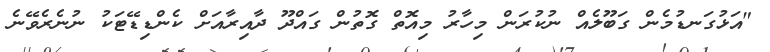
"އަޅުގަނޑުމެން ގަބޫލެއް ނުކުރަން މިހާރު މިއޮތް ގޮތުން ގައްދޫ ދާއިރާއަށް ކެންޑިޑޭޓަކު ނުނެރެވޭނެ